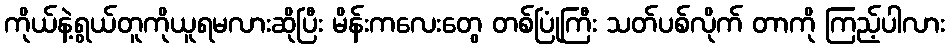
ကိုယ်နဲ့ရွယ်တူကိုယူရမလားဆိုပြီး မိန်းကလေးတွေ တစ်ပြုံကြီး သတ်ပစ်လိုက် တာကို ကြည့်ပါလား